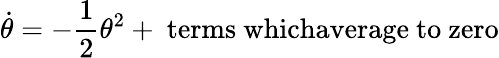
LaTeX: \dot{\theta}=-\frac{1}{2}\theta^{2}+\mathrm{~terms~whichaverage~to~zero}